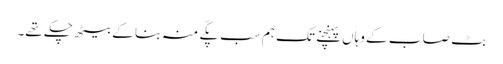
بٹ صا ب کے وہاں پہنچنے تک ہم سب پکّے منہ بنا کے بیٹھ چکے تھے۔